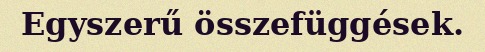
Egyszerű összefüggések.